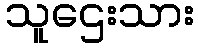
သူဌေးသား